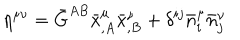
LaTeX: \eta ^ { \mu \nu } = \bar { G } ^ { A B } \bar { x } _ { , A } ^ { \mu } \bar { x } _ { , B } ^ { \nu } + \delta ^ { i j } \bar { n } _ { i } ^ { \mu } \bar { n } _ { j } ^ { \nu }